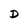
Character: D